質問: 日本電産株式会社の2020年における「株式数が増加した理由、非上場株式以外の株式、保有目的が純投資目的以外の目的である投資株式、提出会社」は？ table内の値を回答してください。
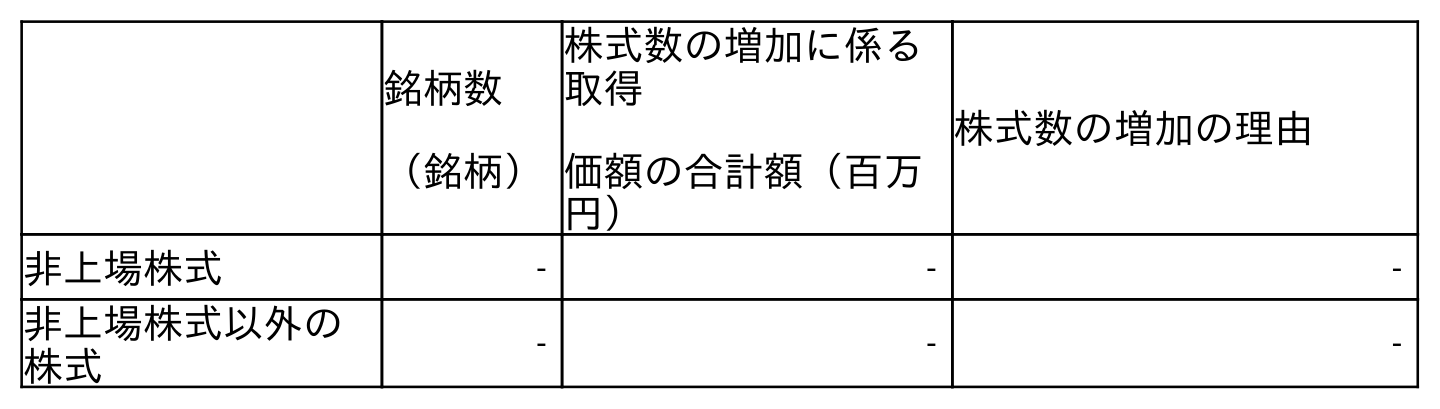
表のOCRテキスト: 銘柄数 （銘柄） 株式数の増加に係る 取得 価額の合計額（百万 円） 株式数の増加の理由 非上場株式 ‐ ‐ ‐ 非上場株式以外の 株式 ‐ ‐ ‐
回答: ‐